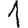
Digit: 1